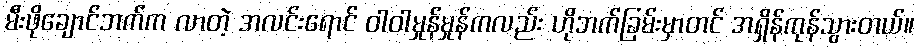
မီးဖိုချောင်ဘက်က လာတဲ့ အလင်းရောင် ဝါဝါမှုန်မှုန်ကလည်း ဟိုဘက်ခြမ်းမှာတင် အရှိန်ကုန်သွားတယ်။